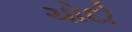
ચોદો